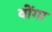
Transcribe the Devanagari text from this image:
वोंगा